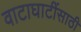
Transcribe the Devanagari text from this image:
वाटाघाटींसाठी